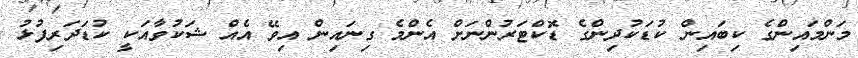
މަންމައިންގެ ކިބައިން ކުޑަކުދިންގެ ޑޮކްޓަރުންނަށް އެންމެ ގިނައިން އިވޭ އެއް ޝަކުވާއަކީ ކުޑަދަރިފުޅު